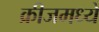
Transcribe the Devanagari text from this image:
क्रीजमध्ये